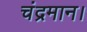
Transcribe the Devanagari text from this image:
चंद्रमान।